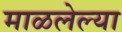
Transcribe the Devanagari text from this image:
माळलेल्या